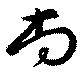
尚